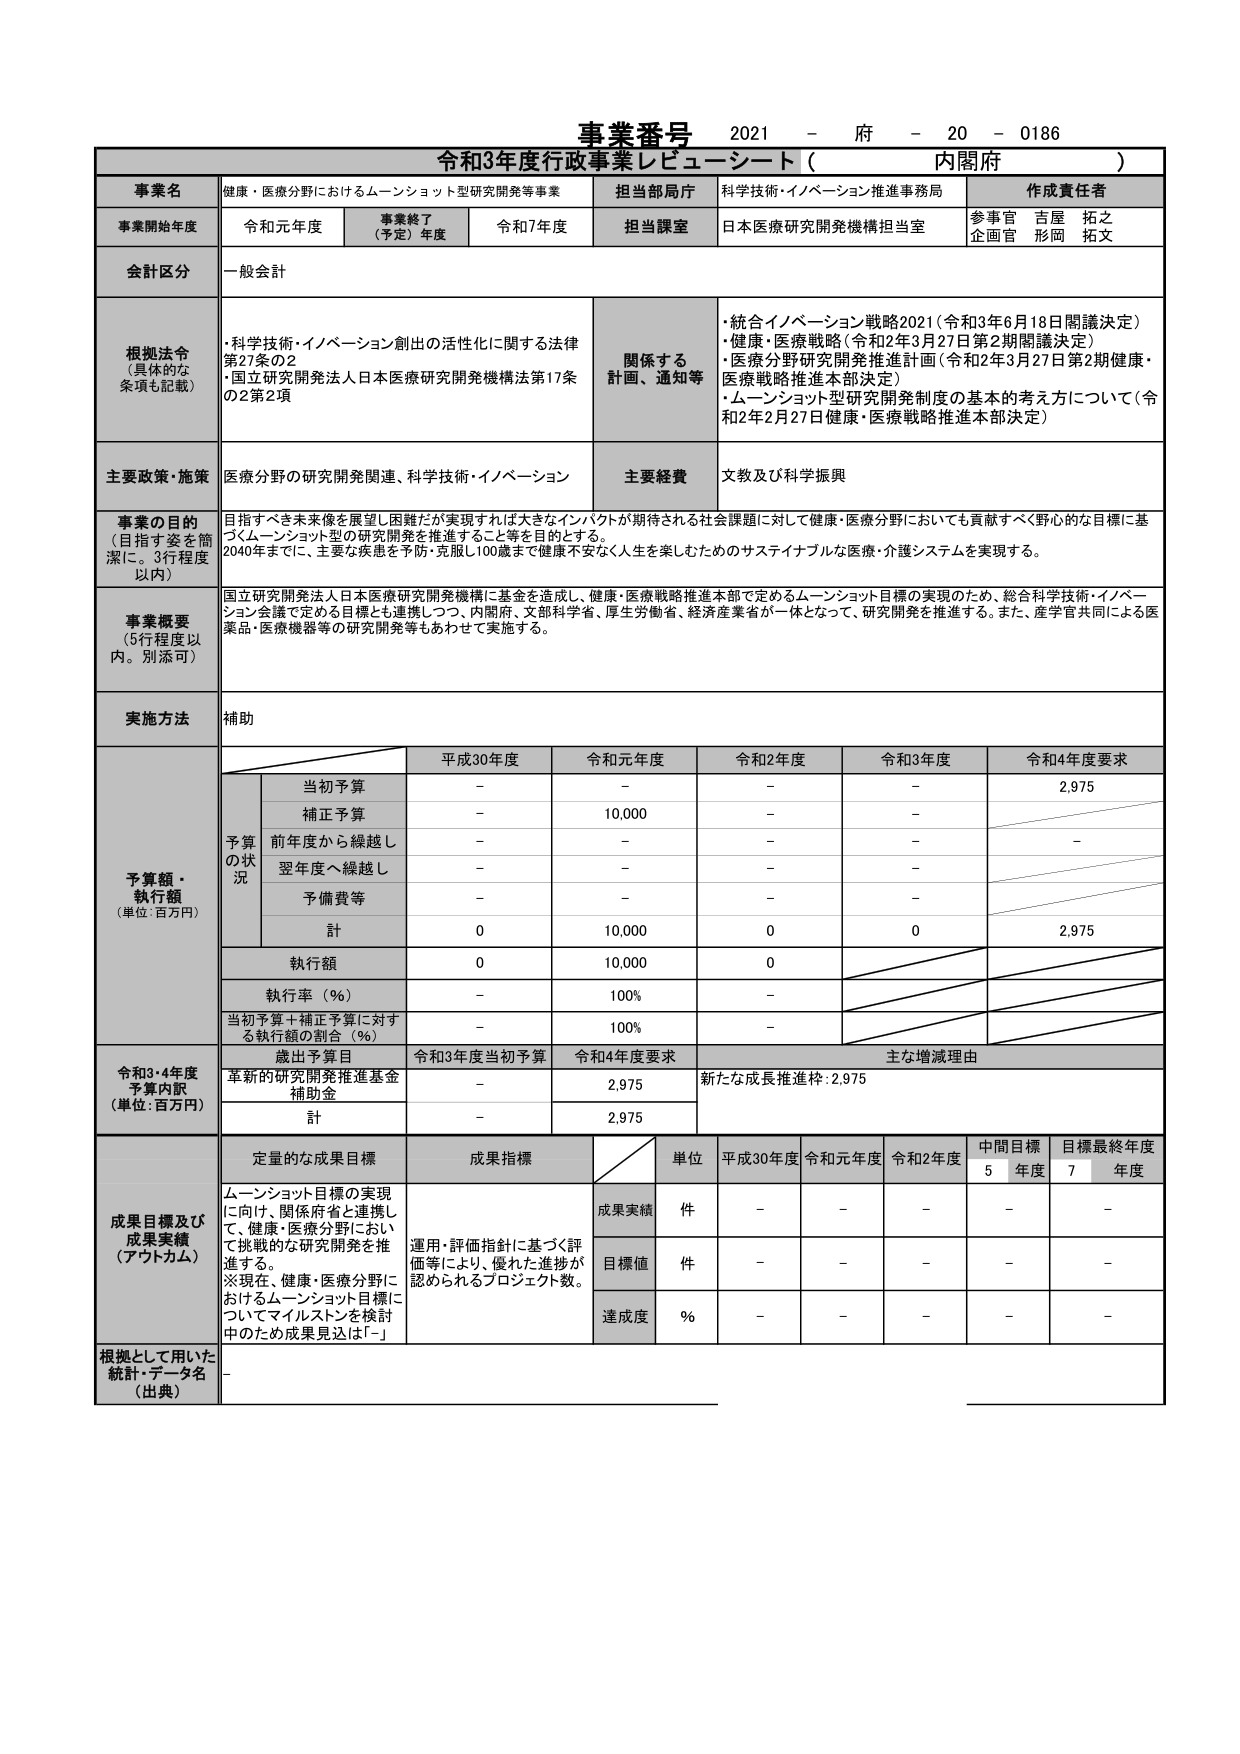
事業番号 2021 - 府 - 20 - 0186
令和3年度行政事業レビューーシート（ 内閣府 ）

事業名 健康・医療分野におけるムーンショット型研究開発等事業 担当当局庁 科学技術・イノベーション推進事務局 作成責任者
事業開始年度 令和元年度 事業終了（予定）年度 令和7年度 担当課室 日本医療研究開発機構担当室 参事官 吉屋 拓之 企画官 形岡 拓文
会計区分 一般会計

根拠法令（具体的な条項も記載）
・科学技術・イノベーション創出の活性化に関する法律 第27条の2
・国立研究開発法人日本医療研究開発機構法第17条の2第2項
関係する計画・通知等
・統合イノベーション戦略2021（令和3年6月18日閣議決定）
・健康・医療戦略（令和2年3月27日第2期閣議決定）
・医療分野研究開発推進計画（令和2年3月27日第2期健康・医療戦略推進本部決定）
・ムーンショット型研究開発制度の基本的考え方について（令和2年2月27日健康・医療戦略推進本部決定）

主要政策・施策 医療分野の研究開発関連、科学技術・イノベーション 主要経費 文教及び科学振興

事業の目的（目指す姿を簡潔に。3行程度以内）
目指すべき未来像を展望し困難だが実現すれば大きなインパクトが期待される社会課題に対して健康・医療分野においても貢献すべく野心的な目標に基づくムーンショット型の研究開発を推進すること等を目的とする。
2040年までに、主要な疾患を予防・克服し100歳まで健康不安なく人生を楽しむためのサステイナブルな医療・介護システムを実現する。

事業概要（5行程度以内。別添可）
国立研究開発法人日本医療研究開発機構に基金を造成し、健康・医療戦略推進本部で定めるムーンショット目標の実現のため、総合科学技術・イノベーション会議で定める目標とも連携しつつ、内閣府、文部科学省、厚生労働省、経済産業省が一体となって、研究開発を推進する。また、産学官共同による医薬品・医療機器等の研究開発等もあわせて実施する。

実施方法 補助

予算額・執行額（単位：百万円）
予算の状況
平成30年度 令和元年度 令和2年度 令和3年度 令和4年度要求
当初予算 - - - - 2,975
補正予算 - 10,000 - -
前年度から繰越し - - - - -
翌年度へ繰越し - - - -
予備費等 - - - -
計 0 10,000 0 0 2,975
執行額 0 10,000 0
執行率（％） - 100% -
当初予算＋補正予算に対する執行額の割合（％） - 100% -

令和3・4年度予算内訳（単位：百万円）
歳出予算目 令和3年度当初予算 令和4年度要求 主な増減理由
革新的研究開発推進基金補助金 - 2,975 新たな成長推進枠：2,975
計 - 2,975

成果目標及び成果実績（アウトカム）
定量的な成果目標 成果指標
単位 平成30年度 令和元年度 令和2年度 中間目標5年度 目標最終年度7年度
成果実績 件 - - - - -
目標値 件 - - - - -
達成度 ％ - - - - -

根拠として用いた統計・データ名（出典） -

ムーンショット目標の実現に向け、関係府省と連携して、健康・医療分野において挑戦的な研究開発を推進する。
※現在、健康・医療分野におけるムーンショット目標についてマイルストンを検討中のため成果見込は「-」
運用・評価指針に基づく評価等により、優れた進捗が認められるプロジェクト数。